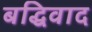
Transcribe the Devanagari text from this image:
बद्धिवाद